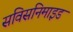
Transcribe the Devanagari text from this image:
सविसनिमाइड